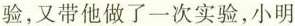
验，又带他做了一次实验，小明